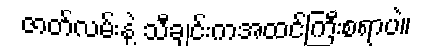
ဇာတ်လမ်းနဲ့ သီချင်းကအထင်ကြီးစရာပဲ။